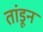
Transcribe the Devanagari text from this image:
तांडून